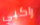
راكبي